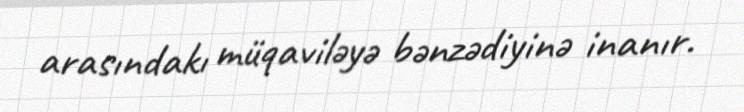
arasındakı müqaviləyə bənzədiyinə inanır.